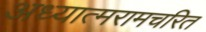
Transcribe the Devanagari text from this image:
अध्यात्मरामचरित